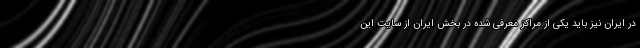
در ایران نیز باید یکی از مراکز معرفی شده در بخش ایران از سایت این